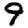
Digit: 9